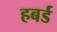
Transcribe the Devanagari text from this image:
हबर्ड